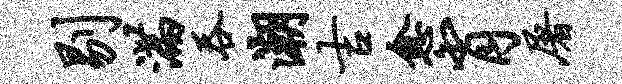
剔满吞潮吉愈肖屠